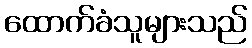
ထောက်ခံသူများသည်